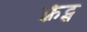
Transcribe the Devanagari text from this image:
फ़्रेट्स